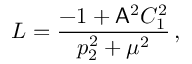
L = \frac { - 1 + \mathsf { A } ^ { 2 } C _ { 1 } ^ { 2 } } { p _ { 2 } ^ { 2 } + \mu ^ { 2 } } \, ,